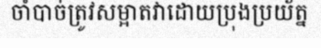
ចាំបាច់ត្រូវសម្អាតវាដោយប្រុងប្រយ័ត្ន